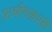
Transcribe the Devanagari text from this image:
प्राचीनकाली